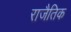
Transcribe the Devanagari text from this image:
राजैतिक